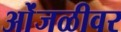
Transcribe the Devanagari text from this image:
ओंजळीवर